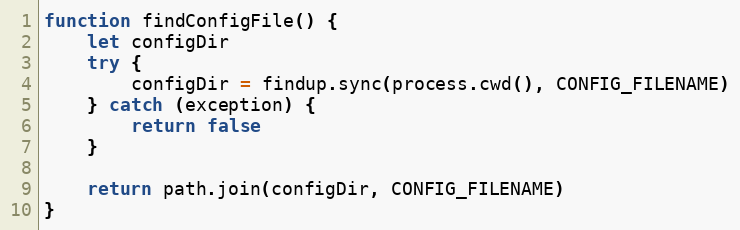
Language: JavaScript
function findConfigFile() {
	let configDir
	try {
		configDir = findup.sync(process.cwd(), CONFIG_FILENAME)
	} catch (exception) {
		return false
	}

	return path.join(configDir, CONFIG_FILENAME)
}